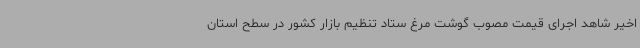
اخیر شاهد اجرای قیمت مصوب گوشت مرغ ستاد تنظیم بازار کشور در سطح استان